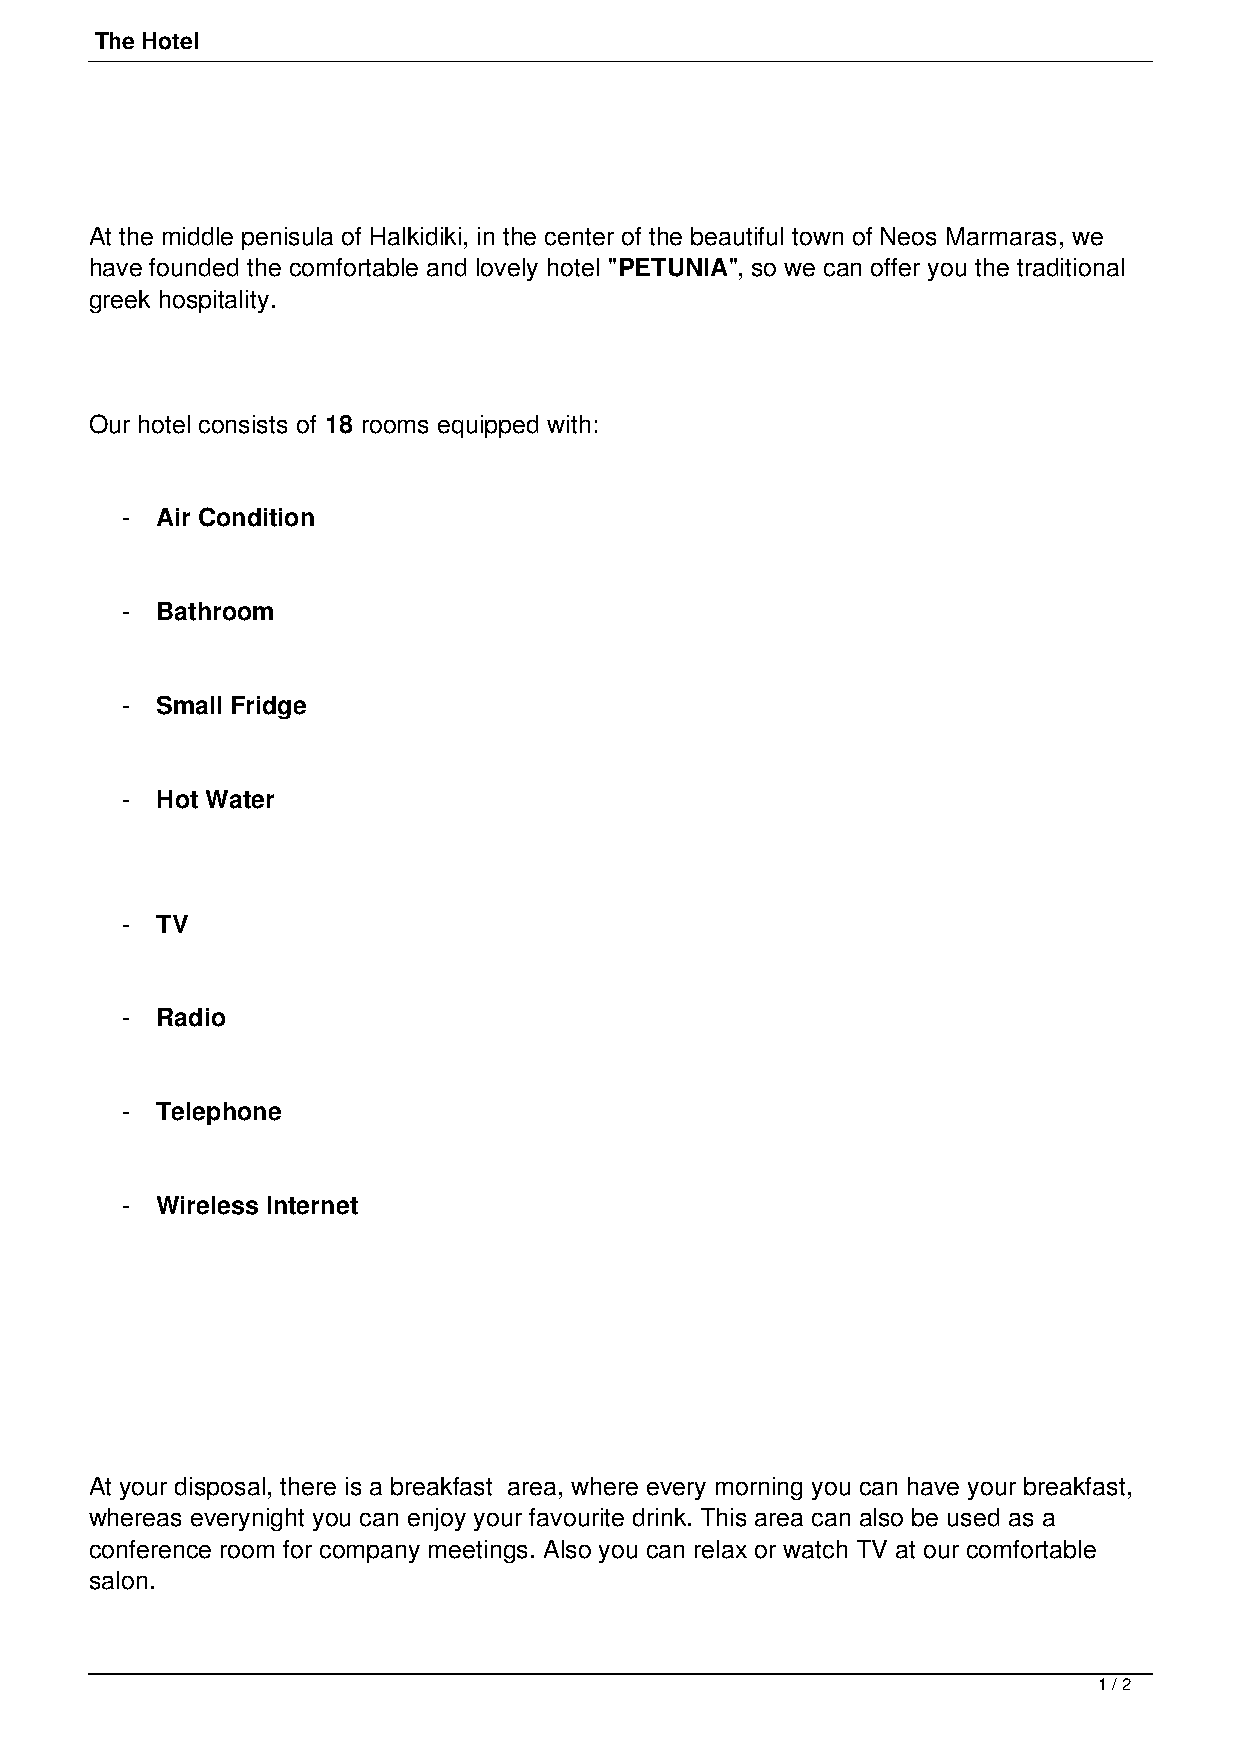
The Hotel
 At the middle penisula of Halkidiki, in the center of the beautiful town of Neos Marmaras, we
 have founded the comfortable and lovely hotel "PETUNIA", so we can offer you the traditional
 greek hospitality.
 Our hotel consists of 18 rooms equipped with:
 - Air Condition
 - Bathroom
 - Small Fridge
 - Hot Water
 - TV
 - Radio
 - Telephone
 - Wireless Internet
 At your disposal, there is a breakfast area, where every morning you can have your breakfast,
 whereas everynight you can enjoy your favourite drink. This area can also be used as a
 conference room for company meetings. Also you can relax or watch TV at our comfortable
 salon.
 1 / 2